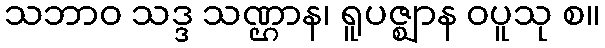
သဘာဝ သဒ္ဒ သဏ္ဌာန၊ ရူပဇ္ဈာန ဝပူသု စ။